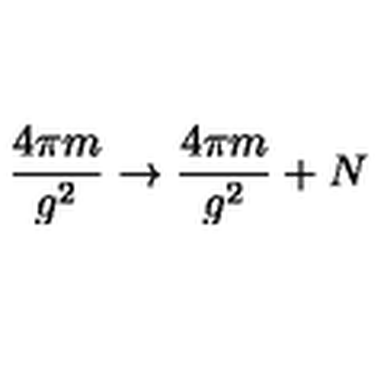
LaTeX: { \frac { 4 \pi m } { g ^ { 2 } } } \rightarrow { \frac { 4 \pi m } { g ^ { 2 } } } + N